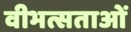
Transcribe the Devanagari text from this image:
वीभत्सताओं